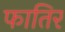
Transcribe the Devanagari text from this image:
फातिर